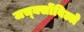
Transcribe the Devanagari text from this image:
जच्क्सोंविल्ले